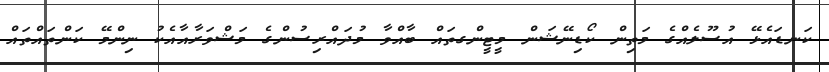
ކަނޑައެޅޭ އުސޫލެއްގެ މަތިން ކޯޑިނޭޝަން މީޓީންގތައް ބާއްވާ މުދައްރިސުންގެ މަޝްވަރާއާއެކު ނިންމޭ ކަންތައްތައް